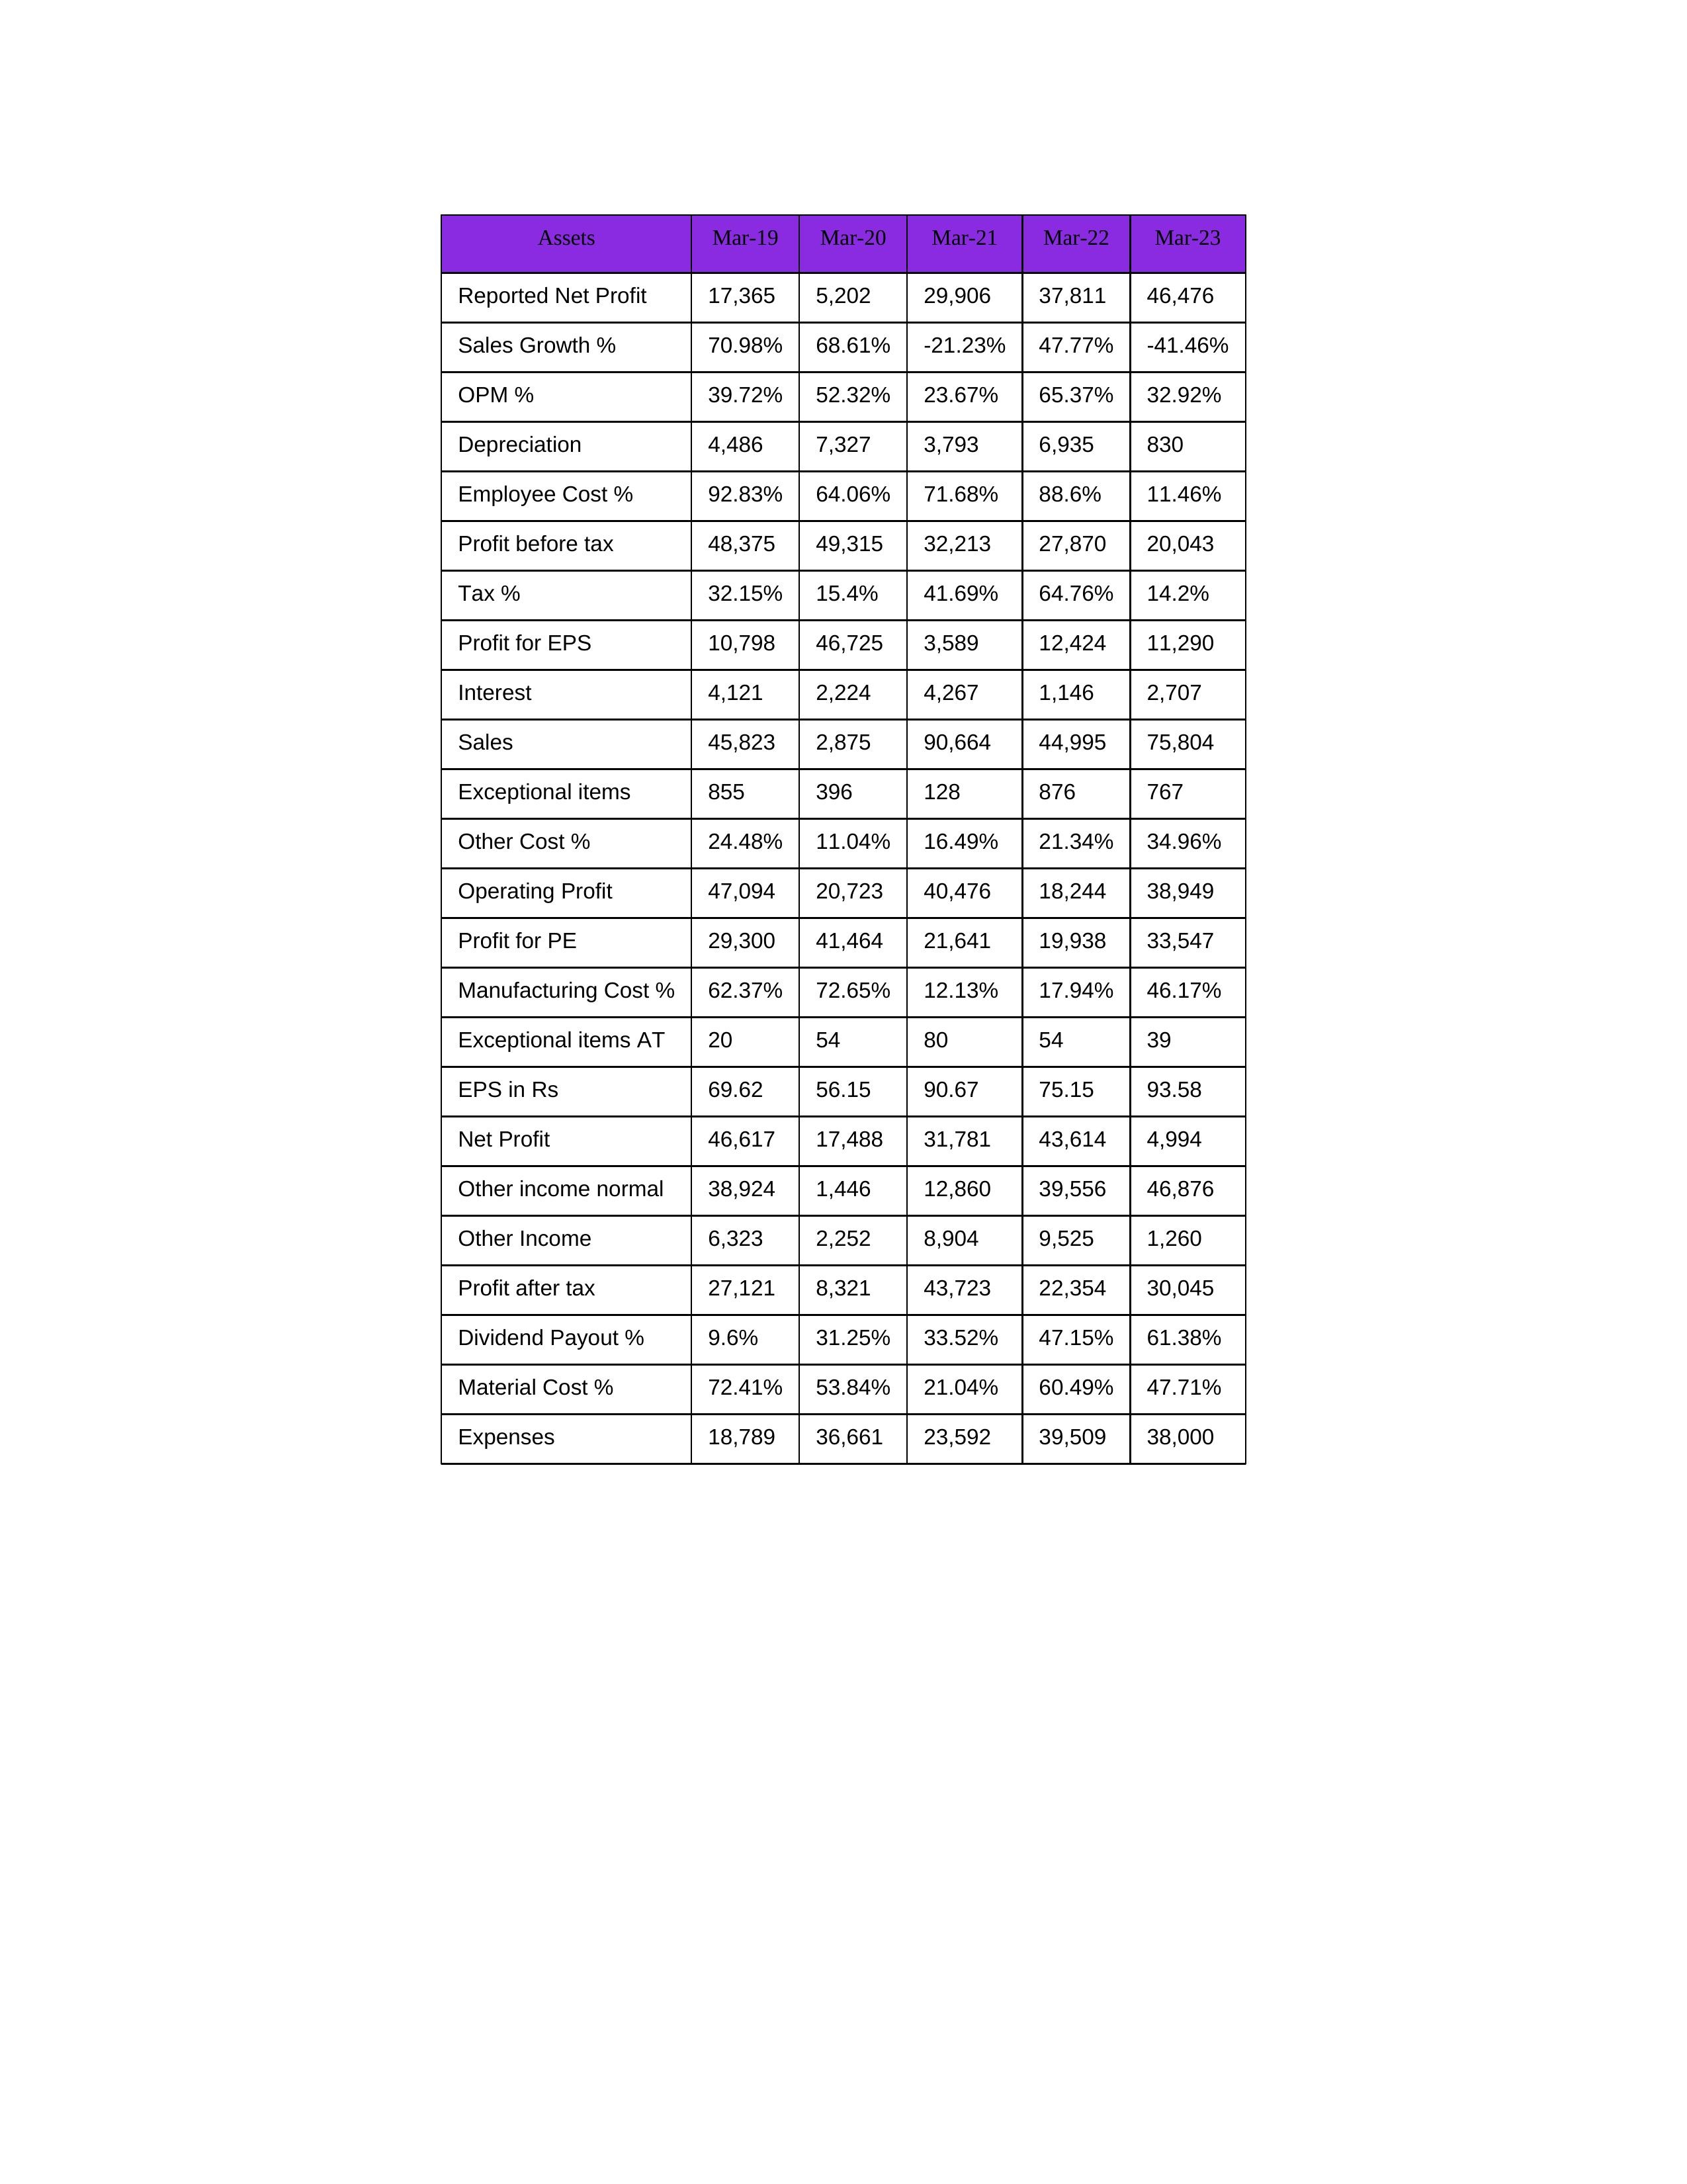
gt_parse: Mar-19: Sales: 45,823
Sales Growth %: 70.98%
Expenses: 18,789
Material Cost %: 72.41%
Manufacturing Cost %: 62.37%
Employee Cost %: 92.83%
Other Cost %: 24.48%
Operating Profit: 47,094
OPM %: 39.72%
Other Income: 6,323
Exceptional items: 855
Other income normal: 38,924
Interest: 4,121
Depreciation: 4,486
Profit before tax: 48,375
Tax %: 32.15%
Net Profit: 46,617
Profit after tax: 27,121
Reported Net Profit: 17,365
Profit for EPS: 10,798
Exceptional items AT: 20
Profit for PE: 29,300
EPS in Rs: 69.62
Dividend Payout %: 9.6%
Mar-20: Sales: 2,875
Sales Growth %: 68.61%
Expenses: 36,661
Material Cost %: 53.84%
Manufacturing Cost %: 72.65%
Employee Cost %: 64.06%
Other Cost %: 11.04%
Operating Profit: 20,723
OPM %: 52.32%
Other Income: 2,252
Exceptional items: 396
Other income normal: 1,446
Interest: 2,224
Depreciation: 7,327
Profit before tax: 49,315
Tax %: 15.4%
Net Profit: 17,488
Profit after tax: 8,321
Reported Net Profit: 5,202
Profit for EPS: 46,725
Exceptional items AT: 54
Profit for PE: 41,464
EPS in Rs: 56.15
Dividend Payout %: 31.25%
Mar-21: Sales: 90,664
Sales Growth %: -21.23%
Expenses: 23,592
Material Cost %: 21.04%
Manufacturing Cost %: 12.13%
Employee Cost %: 71.68%
Other Cost %: 16.49%
Operating Profit: 40,476
OPM %: 23.67%
Other Income: 8,904
Exceptional items: 128
Other income normal: 12,860
Interest: 4,267
Depreciation: 3,793
Profit before tax: 32,213
Tax %: 41.69%
Net Profit: 31,781
Profit after tax: 43,723
Reported Net Profit: 29,906
Profit for EPS: 3,589
Exceptional items AT: 80
Profit for PE: 21,641
EPS in Rs: 90.67
Dividend Payout %: 33.52%
Mar-22: Sales: 44,995
Sales Growth %: 47.77%
Expenses: 39,509
Material Cost %: 60.49%
Manufacturing Cost %: 17.94%
Employee Cost %: 88.6%
Other Cost %: 21.34%
Operating Profit: 18,244
OPM %: 65.37%
Other Income: 9,525
Exceptional items: 876
Other income normal: 39,556
Interest: 1,146
Depreciation: 6,935
Profit before tax: 27,870
Tax %: 64.76%
Net Profit: 43,614
Profit after tax: 22,354
Reported Net Profit: 37,811
Profit for EPS: 12,424
Exceptional items AT: 54
Profit for PE: 19,938
EPS in Rs: 75.15
Dividend Payout %: 47.15%
Mar-23: Sales: 75,804
Sales Growth %: -41.46%
Expenses: 38,000
Material Cost %: 47.71%
Manufacturing Cost %: 46.17%
Employee Cost %: 11.46%
Other Cost %: 34.96%
Operating Profit: 38,949
OPM %: 32.92%
Other Income: 1,260
Exceptional items: 767
Other income normal: 46,876
Interest: 2,707
Depreciation: 830
Profit before tax: 20,043
Tax %: 14.2%
Net Profit: 4,994
Profit after tax: 30,045
Reported Net Profit: 46,476
Profit for EPS: 11,290
Exceptional items AT: 39
Profit for PE: 33,547
EPS in Rs: 93.58
Dividend Payout %: 61.38%